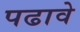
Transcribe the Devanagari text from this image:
पढावे